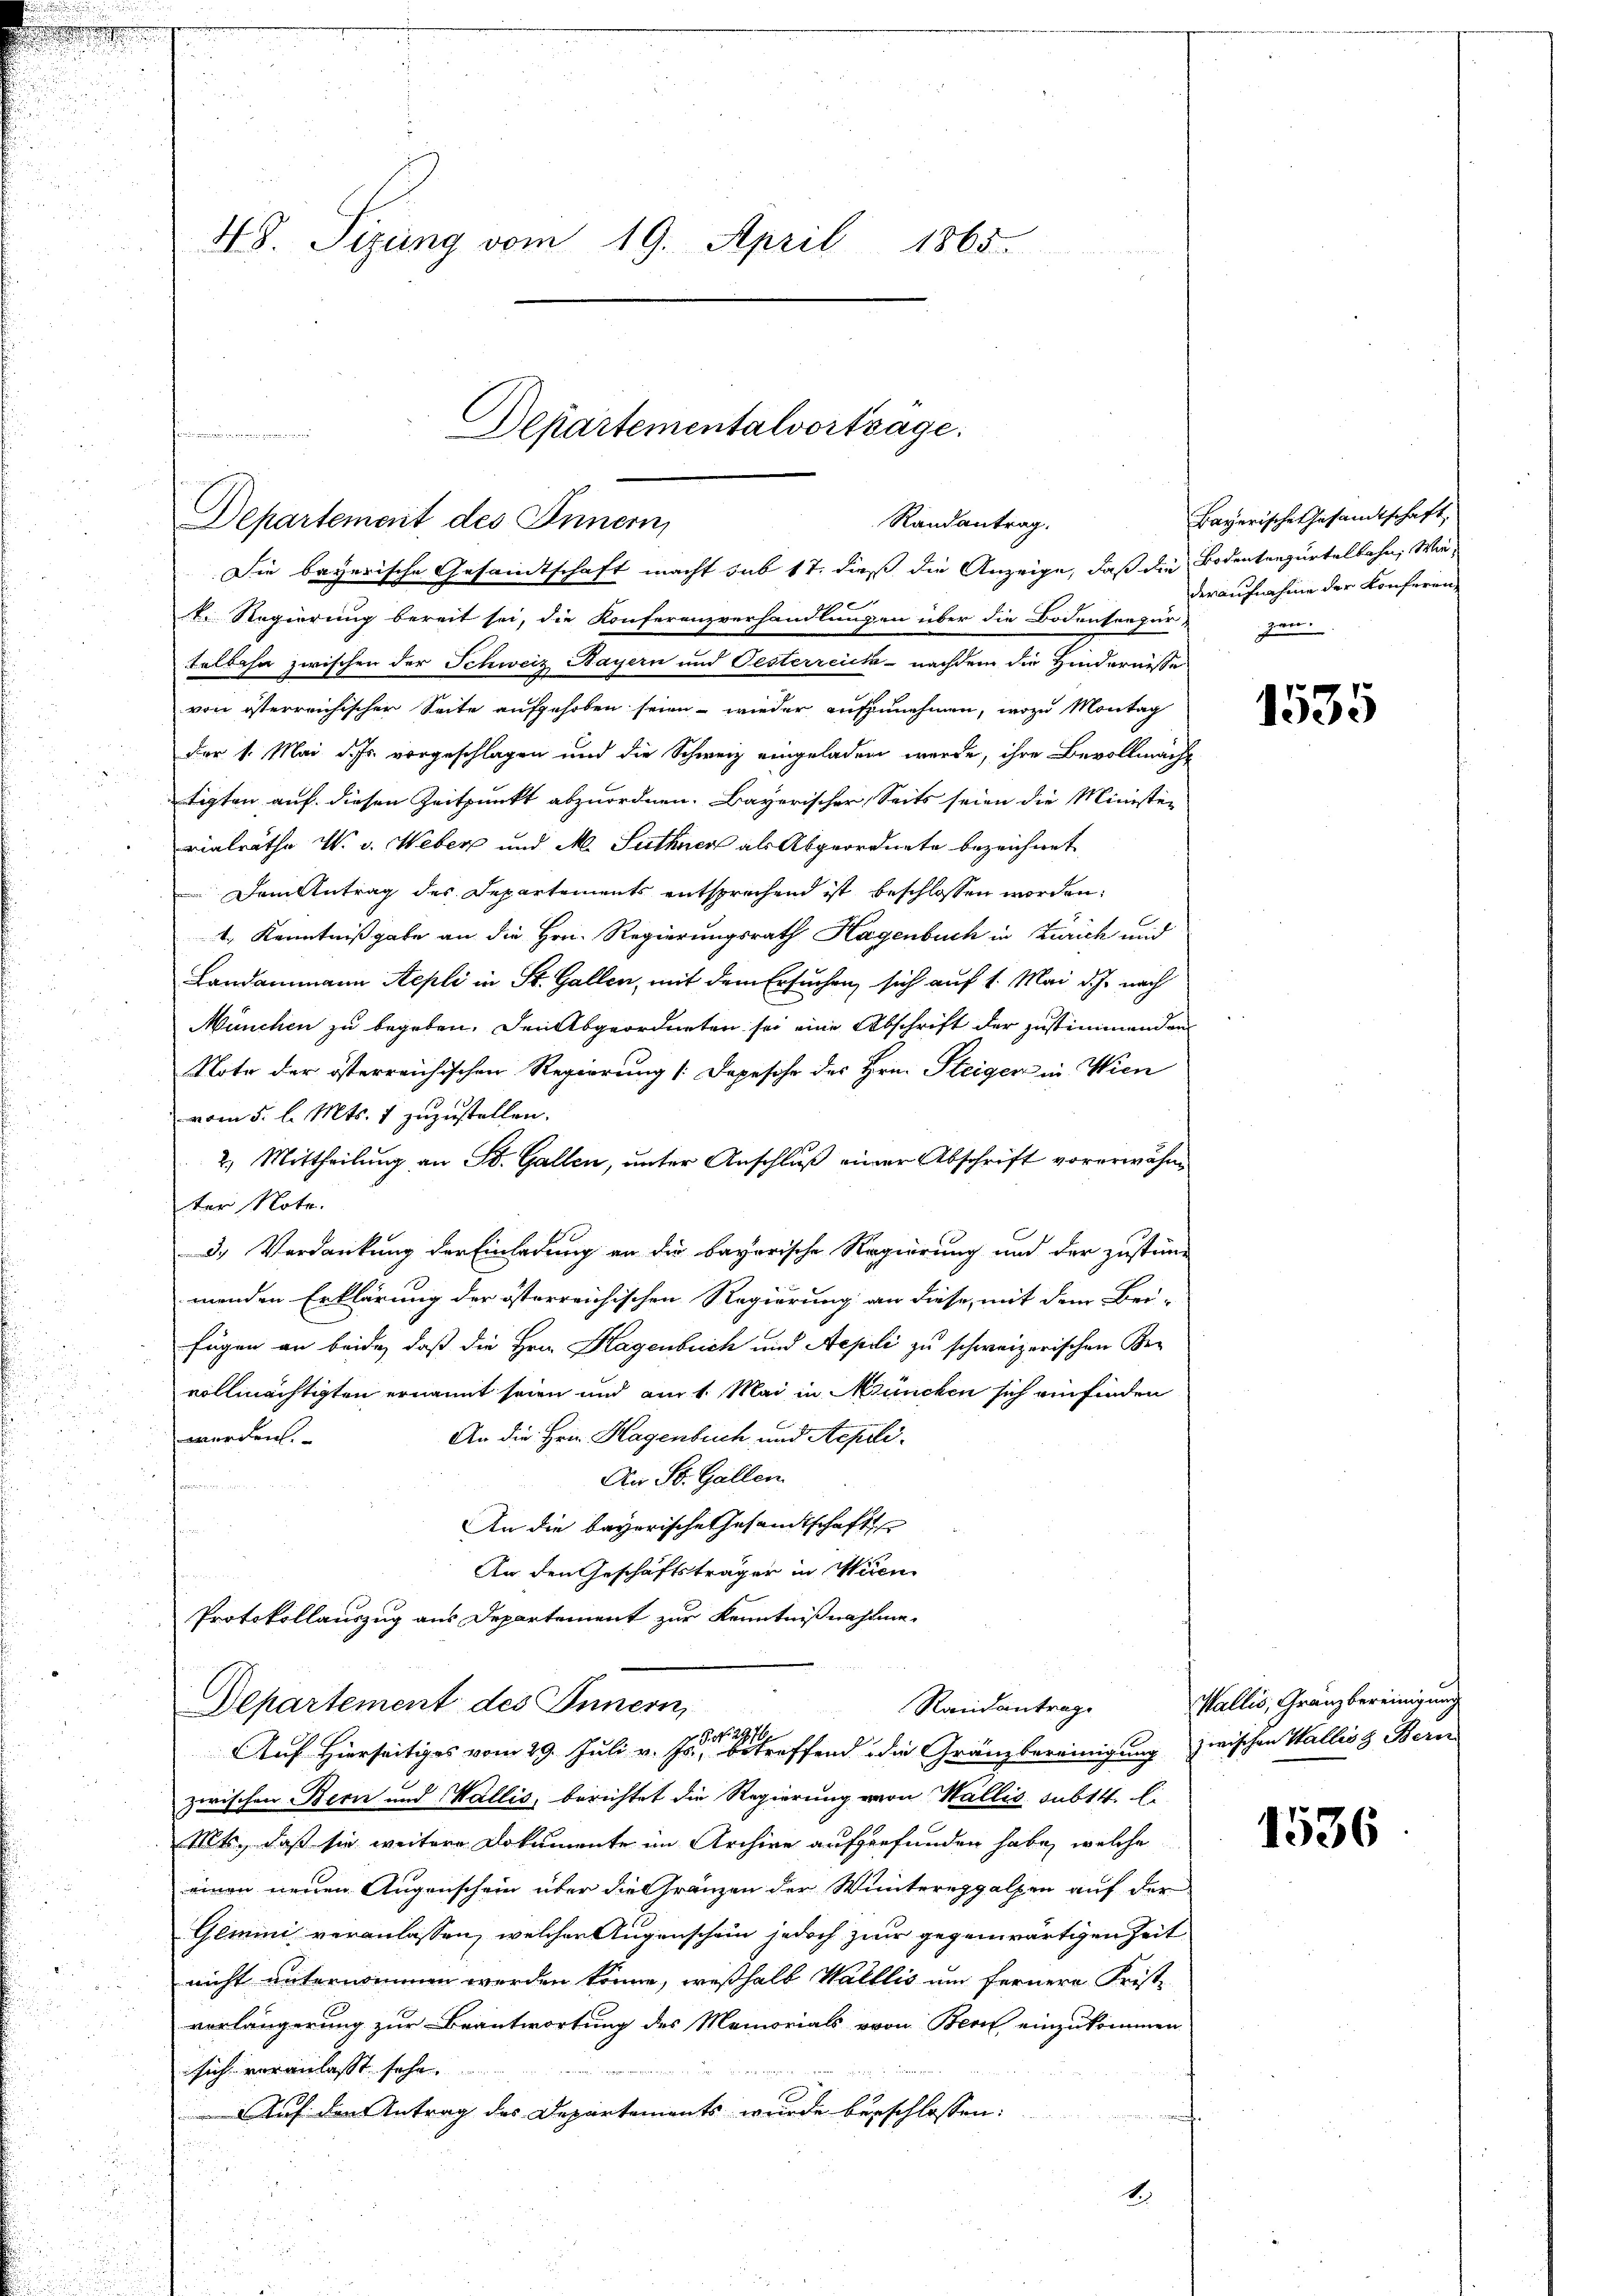
.

1. Regierung bereit sei, die Konferenzverhandlungen über die Bodenseepur
telbahn zwischen der Schweiz Bayern und Oesterreich - nachdem die Hindernisse
von österreichischer Seite aufgehoben seien wieder aufzunehmen, wozu Montag
Der 1. Mai d. Js. vorgeschlagen und die Schweiz eingeladen werde, ihre Bevollmache
tigten auf diesen Zeitpunkt abzuordnen. Bayerischer Seits seien die Minister
vialrathe W. v. Weber und M. Suthner als Abgeordnete bezeichnet
Dem Antrag des Departements entsprechend ist beschlossen worden:
1. Kenntnißgabe an die Hrn. Regierungsrath Hagenbuch in Zürich und
Landammann Aepli in St. Gallen, mit dem Ersuchen, sich auf 1. Mai d. h. nach
München zu begeben. Den Abgeordneten sei eine Abschrift der zustimmenden
Note der österreichischen Regierung [Depesche des Hrn. Steiger in Wien
vom 5. l. Mts. 1 zuzustellen.
2.) Mittheilung an St. Gallen, unter Anschluß einer Abschrift vorerwähnter Note.
3. Verdankung der Einladung an die bayerische Regierung und der zustim-
menden Erklärung der österreichischen Regierung an diese mit dem Bei-
fügen an beide, daß die Hrn. Hagenbrich und Aepii zu schweizerischen Bevollmächtigten ernannt seien und am 1. Mai in München sich einfinden
An die Hrn. Hagenbuch und Aepoliwerden.
An St. Gallen
An die bayerische Gesandtschaft
An den Geschäftsträger in Weien
Protokollauszug aus Departement zur Kenntnißnahme
Departement des Innern
Randantrage
G. No. 297
Auf Hierseitiges vom 29. Juli v. Js. betreffend die Gränzbereinigung zwischen Wallis Bern
zwischen Bern und Wallis, berichtet die Regierung von Wallis sub 14. li
Mts., daß sie weitere Dokumente im Archive aufgefunden habe, welche
einen neuen Augenschein über die Gränzen der Wintereppalzen auf der
Gemini veranlassen, welcher Augenschein jedoch zur gegenwärtigen Zeit
nicht unternommen werden könne, weßhalb Wallis um fernere Friste
verlängerung zur Beantwortung des Memorials von Bern einzukommen
sich veranlasst sehr.

Auf den Antrag des Departements wurde beschlossen:
a
i
u
t

48. Sizung vom 19. April 1865.

Departementalvortrage.
Departement des Innern,
Randantrag.

Die bayerische Gesandtschaft macht sub 17. dieß die Anzeige, daß die Bodenseegürtelbahn, Wie

Bayerische Gesandtschaft.
deraufnahme der Konferen
zen.

1535

Wallis, Gränzbereinigung

1536